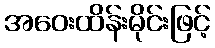
အဝေးထိန်းမိုင်းဖြင့်